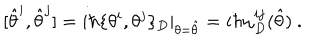
[ \hat { \theta } ^ { i } , \hat { \theta } ^ { j } ] = i \hbar \{ \theta ^ { i } , \theta ^ { j } \} _ { D } \vert _ { \theta = \hat { \theta } } = i \hbar \omega _ { D } ^ { i j } ( \hat { \theta } ) \ .